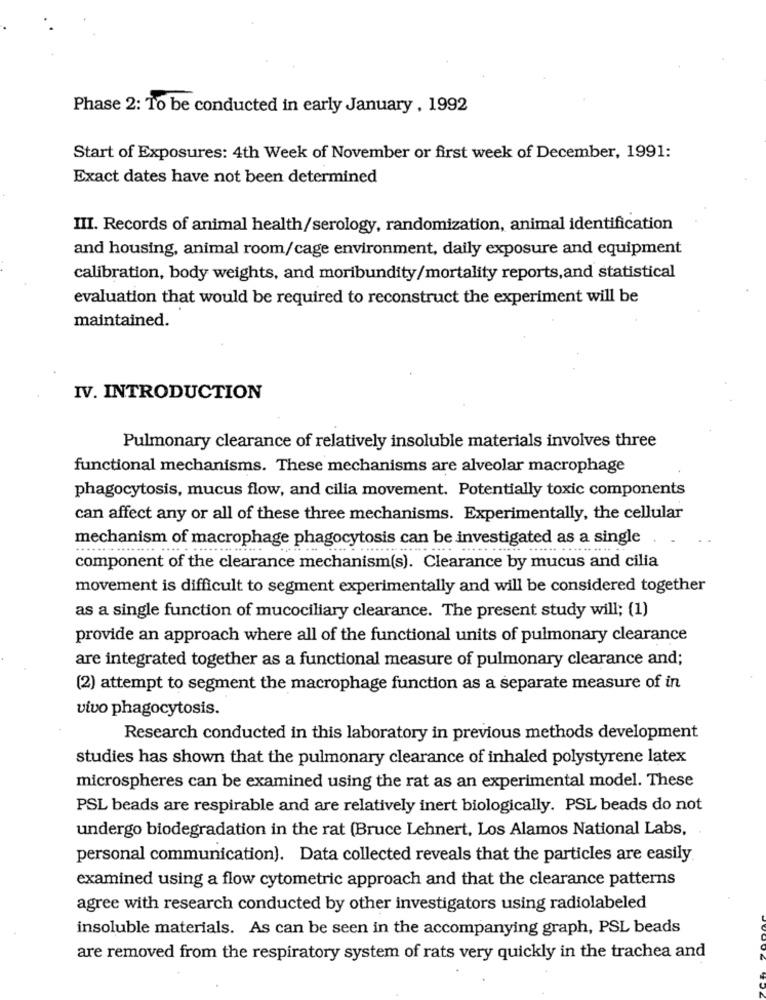
Phase 2: To be conducted in early January , 1992
Start of Exposures: 4th Week of November or first week of December, 1991:
Exact dates have not been determined
III. Records of animal health/serology, randomization, animal identification
and housing, animal room/cage environment, daily exposure and equipment
calibration, body weights, and moribundity/mortality reports,and statistical
evaluation that would be required to reconstruct the experiment will be
maintained.
IV. INTRODUCTION
Pulmonary clearance of relatively insoluble materials involves three
functional mechanisms. These mechanisms are alveolar macrophage
phagocytosis, mucus flow, and cilia movement. Potentially toxic components
can affect any or all of these three mechanisms. Experimentally, the cellular
mechanism of macrophage phagocytosis can be investigated as a single
component of the clearance mechanism(s). Clearance by mucus and cilia
movement is difficult to segment experimentally and will be considered together
as a single function of mucociliary clearance. The present study will; (1)
provide an approach where all of the functional units of pulmonary clearance
are integrated together as a functional measure of pulmonary clearance and;
(2) attempt to segment the macrophage function as a separate measure of in
vivo phagocytosis.
Research conducted in this laboratory in previous methods development
studies has shown that the pulmonary clearance of inhaled polystyrene latex
microspheres can be examined using the rat as an experimental model. These
PSL beads are respirable and are relatively inert biologically. PSL beads do not
undergo biodegradation in the rat (Bruce Lehnert, Los Alamos National Labs,
personal communication). Data collected reveals that the particles are easily.
examined using a flow cytometric approach and that the clearance patterns
agree with research conducted by other investigators using radiolabeled
insoluble materials. As can be seen in the accompanying graph, PSL beads
are removed from the respiratory system of rats very quickly in the trachea and